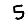
Digit: 5